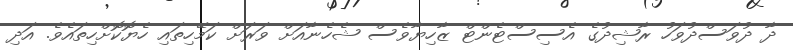
ދާ ދުވަސްދުވަހު ރާޝިދުގެ އެސިސްޓެންޓް ޒާހިޔާވެސް ޝެހެނާއަށް ވަރަށް ކަމޭހިތައި ހެޔޮކޮށްހިތައެވެ. އަދި